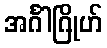
အင်္ဂါဂြိုဟ်